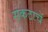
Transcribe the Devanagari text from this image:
संकटाचें